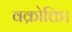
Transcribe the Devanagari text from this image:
वक्रोक्ति।